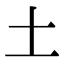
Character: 土